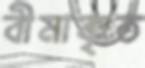
বীমাকৃত